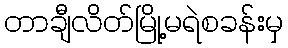
တာချီလိတ်မြို့မရဲစခန်းမှ